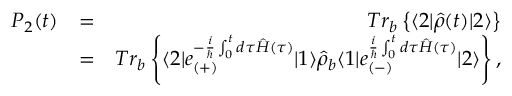
\begin{array} { r l r } { P _ { 2 } ( t ) } & { = } & { T r _ { b } \left\{ \langle 2 | \hat { \rho } ( t ) | 2 \rangle \right\} } \\ & { = } & { T r _ { b } \left\{ \langle 2 | e _ { ( + ) } ^ { - \frac { i } { \hbar } \int _ { 0 } ^ { t } d \tau \hat { H } ( \tau ) } | 1 \rangle \hat { \rho } _ { b } \langle 1 | e _ { ( - ) } ^ { \frac { i } { \hbar } \int _ { 0 } ^ { t } d \tau \hat { H } ( \tau ) } | 2 \rangle \right\} , } \end{array}